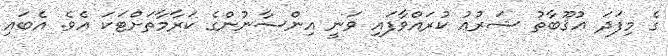
ގެ މިފަދަ ޢުޤޫބާތު ޝަރުޢު ކުރައްވާފައި ވަނީ އިންސާނުންގެ ކަރާމާތަށްޓަކަ އެވެ. އެބައި